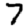
Digit: 7